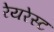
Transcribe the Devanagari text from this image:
रेयरेस्ट